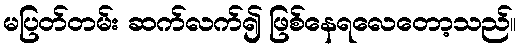
မပြတ်တမ်း ဆက်လက်၍ ဖြစ်နေရလေတော့သည်။